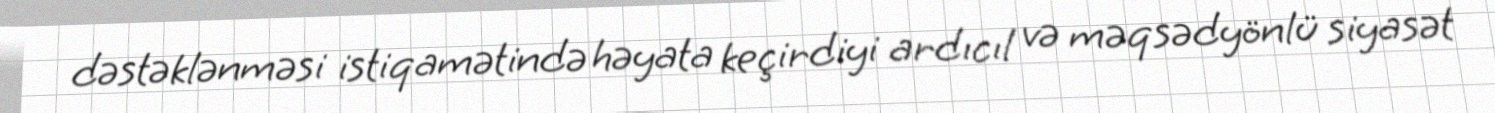
dəstəklənməsi istiqamətində həyata keçirdiyi ardıcıl və məqsədyönlü siyasət